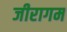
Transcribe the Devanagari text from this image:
जीरागम